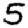
Digit: 5